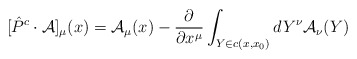
\begin{align*}[\hat{P}^{c} \cdot {\cal A}]_{\mu}(x) = {\cal A}_{\mu}(x) -\frac{\partial}{\partial x^{\mu}} \int_{Y \in c(x,x_{0})} dY^{\nu}{\cal A}_{\nu}(Y)\end{align*}